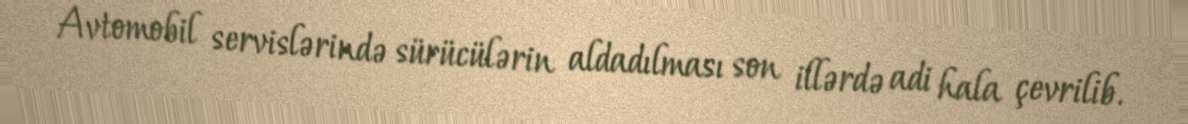
Avtomobil servislərində sürücülərin aldadılması son illərdə adi hala çevrilib.